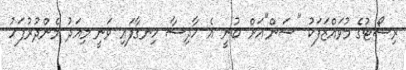
ރިސޯޓުގެ މުވައްޒަފަކު "ސަން"އަށް ބުނީ އެ ހާދިސާ ހިނގާފައި ވަނީ މިއަދު މެންދުރުފަހު